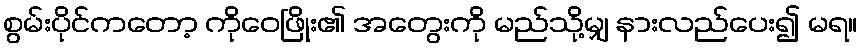
စွမ်းပိုင်ကတော့ ကိုဝေဖြိုး၏ အတွေးကို မည်သို့မျှ နားလည်ပေး၍ မရ။